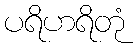
ပရိဟရိတုံ